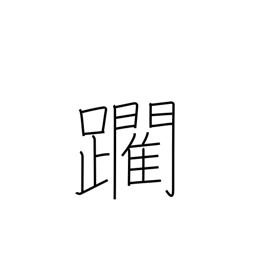
Meaning: edge forward